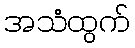
အသံထွက်